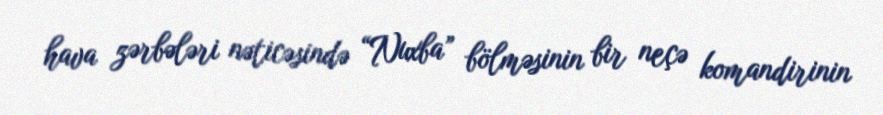
hava zərbələri nəticəsində “Nuxba” bölməsinin bir neçə komandirinin